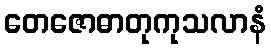
တေဇောဓာတုကုသလာနံ